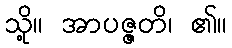
သို့။ အာပဇ္ဇတိ၊ ၏။